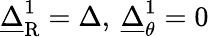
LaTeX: \underline{{\Delta}}_{\mathrm{R}}^{1}=\Delta,\: \underline{{\Delta}}_{\theta}^{1}=0